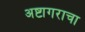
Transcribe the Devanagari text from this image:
अष्टागराचा